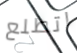
اتطلع